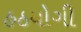
હઠયોગી